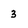
Character: 3